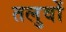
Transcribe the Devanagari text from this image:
तलुवों